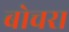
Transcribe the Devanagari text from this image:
बोचरा